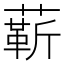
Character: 龩